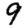
Digit: 9